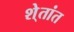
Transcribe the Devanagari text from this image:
शे्तांत